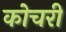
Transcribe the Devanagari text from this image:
कोचरी